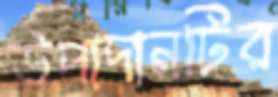
উপাদানটির